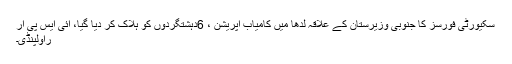
سکیورٹی فورسز کا جنوبی وزیرستان کے علاقہ لدھا میں کامیاب آپریشن ، 6دہشتگردوں کو ہلاک کر دیا گیا، آئی ایس پی آر
راولپنڈی۔